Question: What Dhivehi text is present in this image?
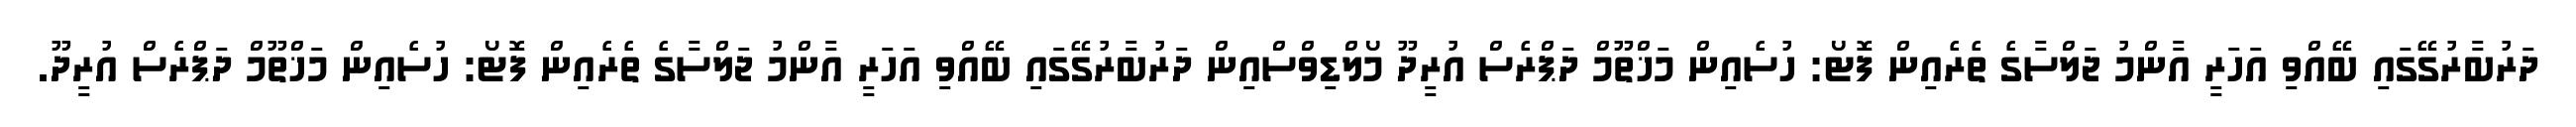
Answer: ދަރުބާރުގޭގައި ބޭއްވި އަހަރީ އާންމު ޖަލްސާގެ ތެރެއިން ފޮޓޯ: ހުސެއިން މަޚްތޫމް ދަޕްރެސް އުރީދޫ މޯލްޑިވްސްއިން ދަރުބާރުގޭގައި ބޭއްވި އަހަރީ އާންމު ޖަލްސާގެ ތެރެއިން ފޮޓޯ: ހުސެއިން މަޚްތޫމް ދަޕްރެސް އުރީދޫ.